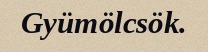
Gyümölcsök.